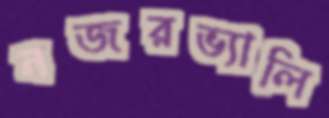
নজরভ্যালি